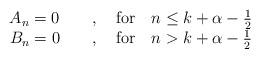
LaTeX: \begin{align*}\begin{array}{c} A_n = 0 \qquad,\quad{\rm for}\quad n\leq k+\alpha-\frac{1}{2} \\ B_n = 0 \qquad,\quad{\rm for}\quad n> k+\alpha-\frac{1}{2}\end{array}\end{align*}